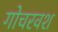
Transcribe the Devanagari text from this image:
गोचरवश